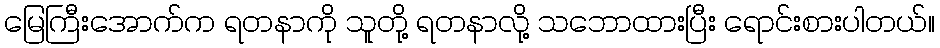
မြေကြီးအောက်က ရတနာကို သူတို့ ရတနာလို့ သဘောထားပြီး ရောင်းစားပါတယ်။